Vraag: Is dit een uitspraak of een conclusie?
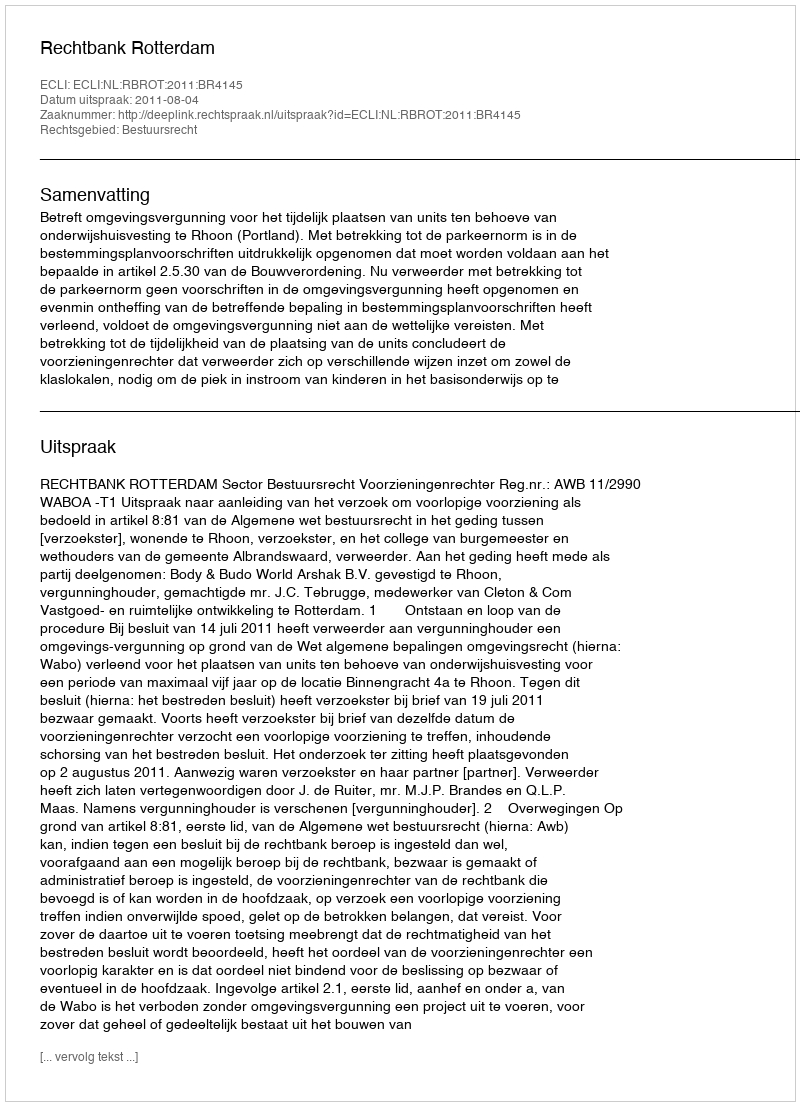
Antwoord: Uitspraak